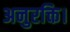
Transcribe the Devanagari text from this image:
अनुरक्ति।